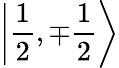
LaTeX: \left|{\frac{1}{2}},\mp{\frac{1}{2}}\right\rangle